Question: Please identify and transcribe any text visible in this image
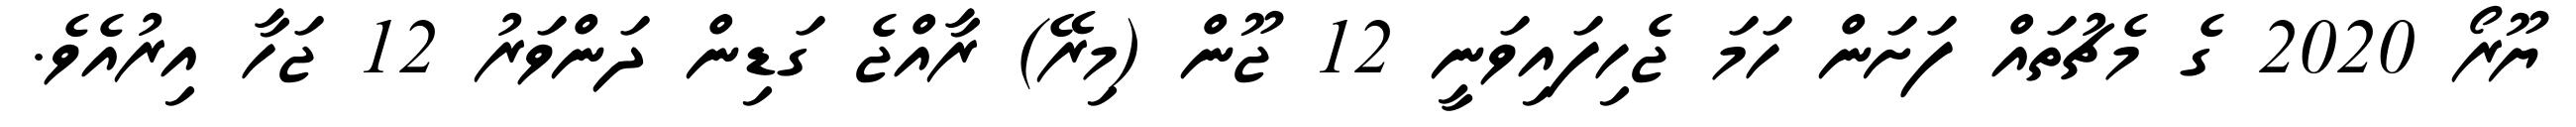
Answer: ޔޫރޯ 2020 ގެ މެޗުތައް ފަށަން ހަމަ ޖެހިފައިވަނީ 12 ޖޫން (މިރޭ) ރާއްޖެ ގަޑިން ދަންވަރު 12 ޖަހާ އިރުއެވެ.